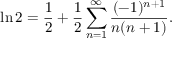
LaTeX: \ln 2 = { \frac { 1 } { 2 } } + { \frac { 1 } { 2 } } \sum _ { n = 1 } ^ { \infty } { \frac { ( - 1 ) ^ { n + 1 } } { n ( n + 1 ) } } .